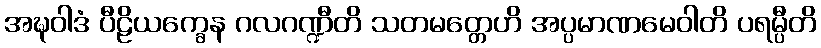
အဍ္ဎဝါဒံ ပီဠိယက္ခေန ဂလဂဏ္ဍီတိ သတမတ္တေဟိ အပ္ပမာဏမေဝါတိ ပရမ္ပီတိ